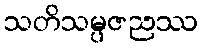
သတိသမ္ပဇညဿ